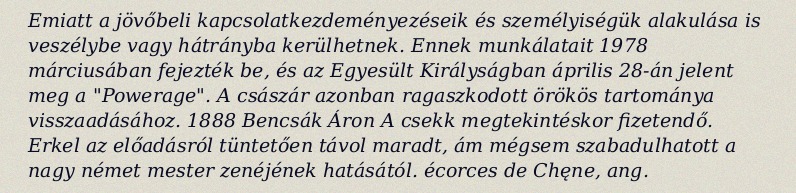
Emiatt a jövőbeli kapcsolatkezdeményezéseik és személyiségük alakulása is veszélybe vagy hátrányba kerülhetnek. Ennek munkálatait 1978 márciusában fejezték be, és az Egyesült Királyságban április 28-án jelent meg a "Powerage". A császár azonban ragaszkodott örökös tartománya visszaadásához. 1888 Bencsák Áron A csekk megtekintéskor fizetendő. Erkel az előadásról tüntetően távol maradt, ám mégsem szabadulhatott a nagy német mester zenéjének hatásától. écorces de Chęne, ang.